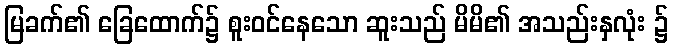
မြခက်၏ ခြေထောက်၌ စူးဝင်နေသော ဆူးသည် မိမိ၏ အသည်းနှလုံး ၌